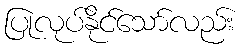
ပြုလုပ်နိုင်သော်လည်း